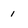
Character: 1